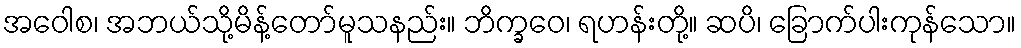
အဝေါစ၊ အဘယ်သို့မိန့်တော်မူသနည်း။ ဘိက္ခဝေ၊ ရဟန်းတို့။ ဆပိ၊ ခြောက်ပါးကုန်သော။